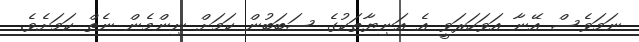
ނަމަވެސް އޭނާ އަވަހަރަވީ އެ އަނިޔާތަކުގެ ސަބަބުން ކަމަށް ނިންމެން ނެތް ކަމަށެވެ.